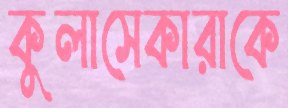
কুলাসেকারাকে